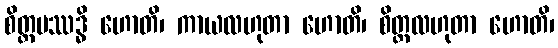
စိတ္တပဿဒ္ဓိ ဟောတိ၊ ကာယလဟုတာ ဟောတိ၊ စိတ္တလဟုတာ ဟောတိ၊